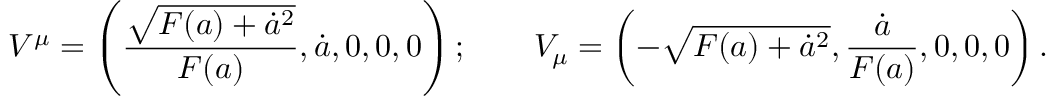
V ^ { \mu } = \left( { \frac { \sqrt { F ( a ) + \dot { a } ^ { 2 } } } { F ( a ) } } , \dot { a } , 0 , 0 , 0 \right) ; \qquad V _ { \mu } = \left( - \sqrt { F ( a ) + \dot { a } ^ { 2 } } , { \frac { \dot { a } } { F ( a ) } } , 0 , 0 , 0 \right) .